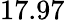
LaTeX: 17.97